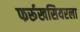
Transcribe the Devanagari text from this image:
फर्रूखसियरला